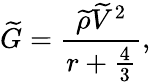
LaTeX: \widetilde{G}=\frac{\widetilde{\rho}\widetilde{V}^{2}}{r+\frac{4}{3}},